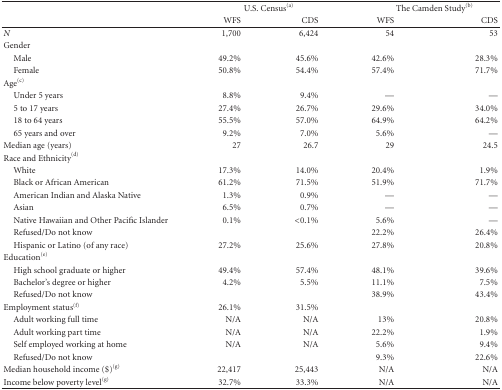
|  | <COLSPAN=2> U.S. Census(a) | <COLSPAN=2> The Camden Study(b) |
 |  | WFS | CDS | WFS | CDS |
 | --- | --- | --- | --- | --- |
 | N | 1,700 | 6,424 | 54 | 53 |
 | Gender |  |  |  |  |
 | Male | 49.2% | 45.6% | 42.6% | 28.3% |
 | Female | 50.8% | 54.4% | 57.4% | 71.7% |
 | Age(c) |  |  |  |  |
 | Under 5 years | 8.8% | 9.4% | — | — |
 | 5 to 17 years | 27.4% | 26.7% | 29.6% | 34.0% |
 | 18 to 64 years | 55.5% | 57.0% | 64.9% | 64.2% |
 | 65 years and over | 9.2% | 7.0% | 5.6% | — |
 | Median age (years) | 27 | 26.7 | 29 | 24.5 |
 | Race and Ethnicity(d) |  |  |  |  |
 | White | 17.3% | 14.0% | 20.4% | 1.9% |
 | Black or African American | 61.2% | 71.5% | 51.9% | 71.7% |
 | American Indian and Alaska Native | 1.3% | 0.9% | — | — |
 | Asian | 6.5% | 0.7% | — | — |
 | Native Hawaiian and Other Pacific Islander | 0.1% | <0.1% | 5.6% | — |
 | Refused/Do not know |  |  | 22.2% | 26.4% |
 | Hispanic or Latino (of any race) | 27.2% | 25.6% | 27.8% | 20.8% |
 | Education(e) |  |  |  |  |
 | High school graduate or higher | 49.4% | 57.4% | 48.1% | 39.6% |
 | Bachelor's degree or higher | 4.2% | 5.5% | 11.1% | 7.5% |
 | Refused/Do not know |  |  | 38.9% | 43.4% |
 | Employment status(f) | 26.1% | 31.5% |  |  |
 | Adult working full time | N/A | N/A | 13% | 20.8% |
 | Adult working part time | N/A | N/A | 22.2% | 1.9% |
 | Self employed working at home | N/A | N/A | 5.6% | 9.4% |
 | Refused/Do not know |  |  | 9.3% | 22.6% |
 | Median household income ($)(g) | 22,417 | 25,443 | N/A | N/A |
 | Income below poverty level(g) | 32.7% | 33.3% | N/A | N/A |